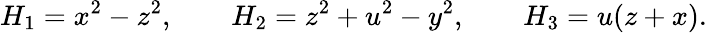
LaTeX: H_{1}=x^{2}-z^{2},\qquad H_{2}=z^{2}+u^{2}-y^{2},\qquad H_{3}=u(z+x).